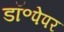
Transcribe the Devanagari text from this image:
डॉ॰पेपर